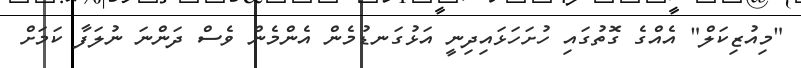
"މިއުޒިކަލް" އެއްގެ ގޮތުގައި ހުށަހަޅައިދިނީ އަޅުގަނޑުމެން އެންމެން ވެސް ދަންނަ ނުލަފާ ކަމަށް